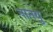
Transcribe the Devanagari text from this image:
नानयु